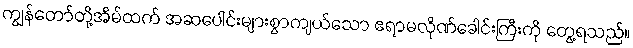
ကျွန်တော်တို့အိမ်ထက် အဆပေါင်းများစွာကျယ်သော ဧရာမလိုဏ်ခေါင်းကြီးကို တွေ့ရသည်။